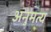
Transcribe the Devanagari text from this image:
अनुमत्य